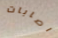
اصابات